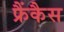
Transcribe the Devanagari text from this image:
फ्रैंकैस